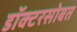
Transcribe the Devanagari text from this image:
डॉक्टरसोबत